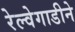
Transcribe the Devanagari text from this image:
रेल्वेगाडीने